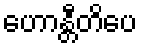
ဟောန္တီတိပေ